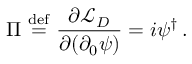
\Pi \ { \overset { \mathrm { d e f } } { = } } \ { \frac { \partial { \mathcal { L } } _ { D } } { \partial ( \partial _ { 0 } \psi ) } } = i \psi ^ { \dagger } \, .